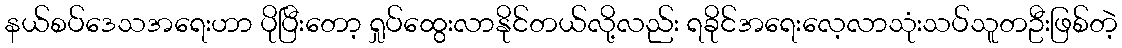
နယ်စပ်ဒေသအရေးဟာ ပိုပြီးတော့ ရှုပ်ထွေးလာနိုင်တယ်လို့လည်း ရခိုင်အရေးလေ့လာသုံးသပ်သူတဦးဖြစ်တဲ့